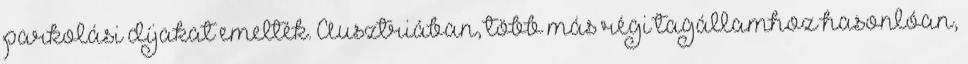
parkolási díjakat emelték. Ausztriában, több más régi tagállamhoz hasonlóan,